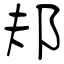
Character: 邞